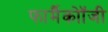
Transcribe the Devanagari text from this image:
फार्मैकोॉजी